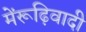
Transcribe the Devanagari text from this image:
मेंरूढ़िवादी